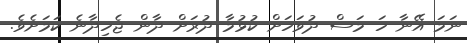
ނަމަ އޭނާ ހަ މަސް ދުވަހަށް ކުޅުމާ ދުރަށް ދާން ޖެހިދާނެ ކަމަށެވެ.